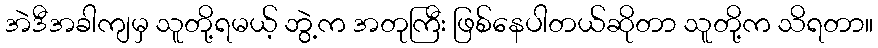
အဲဒီအခါကျမှ သူတို့ရမယ့် ဘွဲ့က အတုကြီး ဖြစ်နေပါတယ်ဆိုတာ သူတို့က သိရတာ။